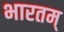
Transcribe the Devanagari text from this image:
भारतम्‌